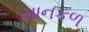
સાનકળ